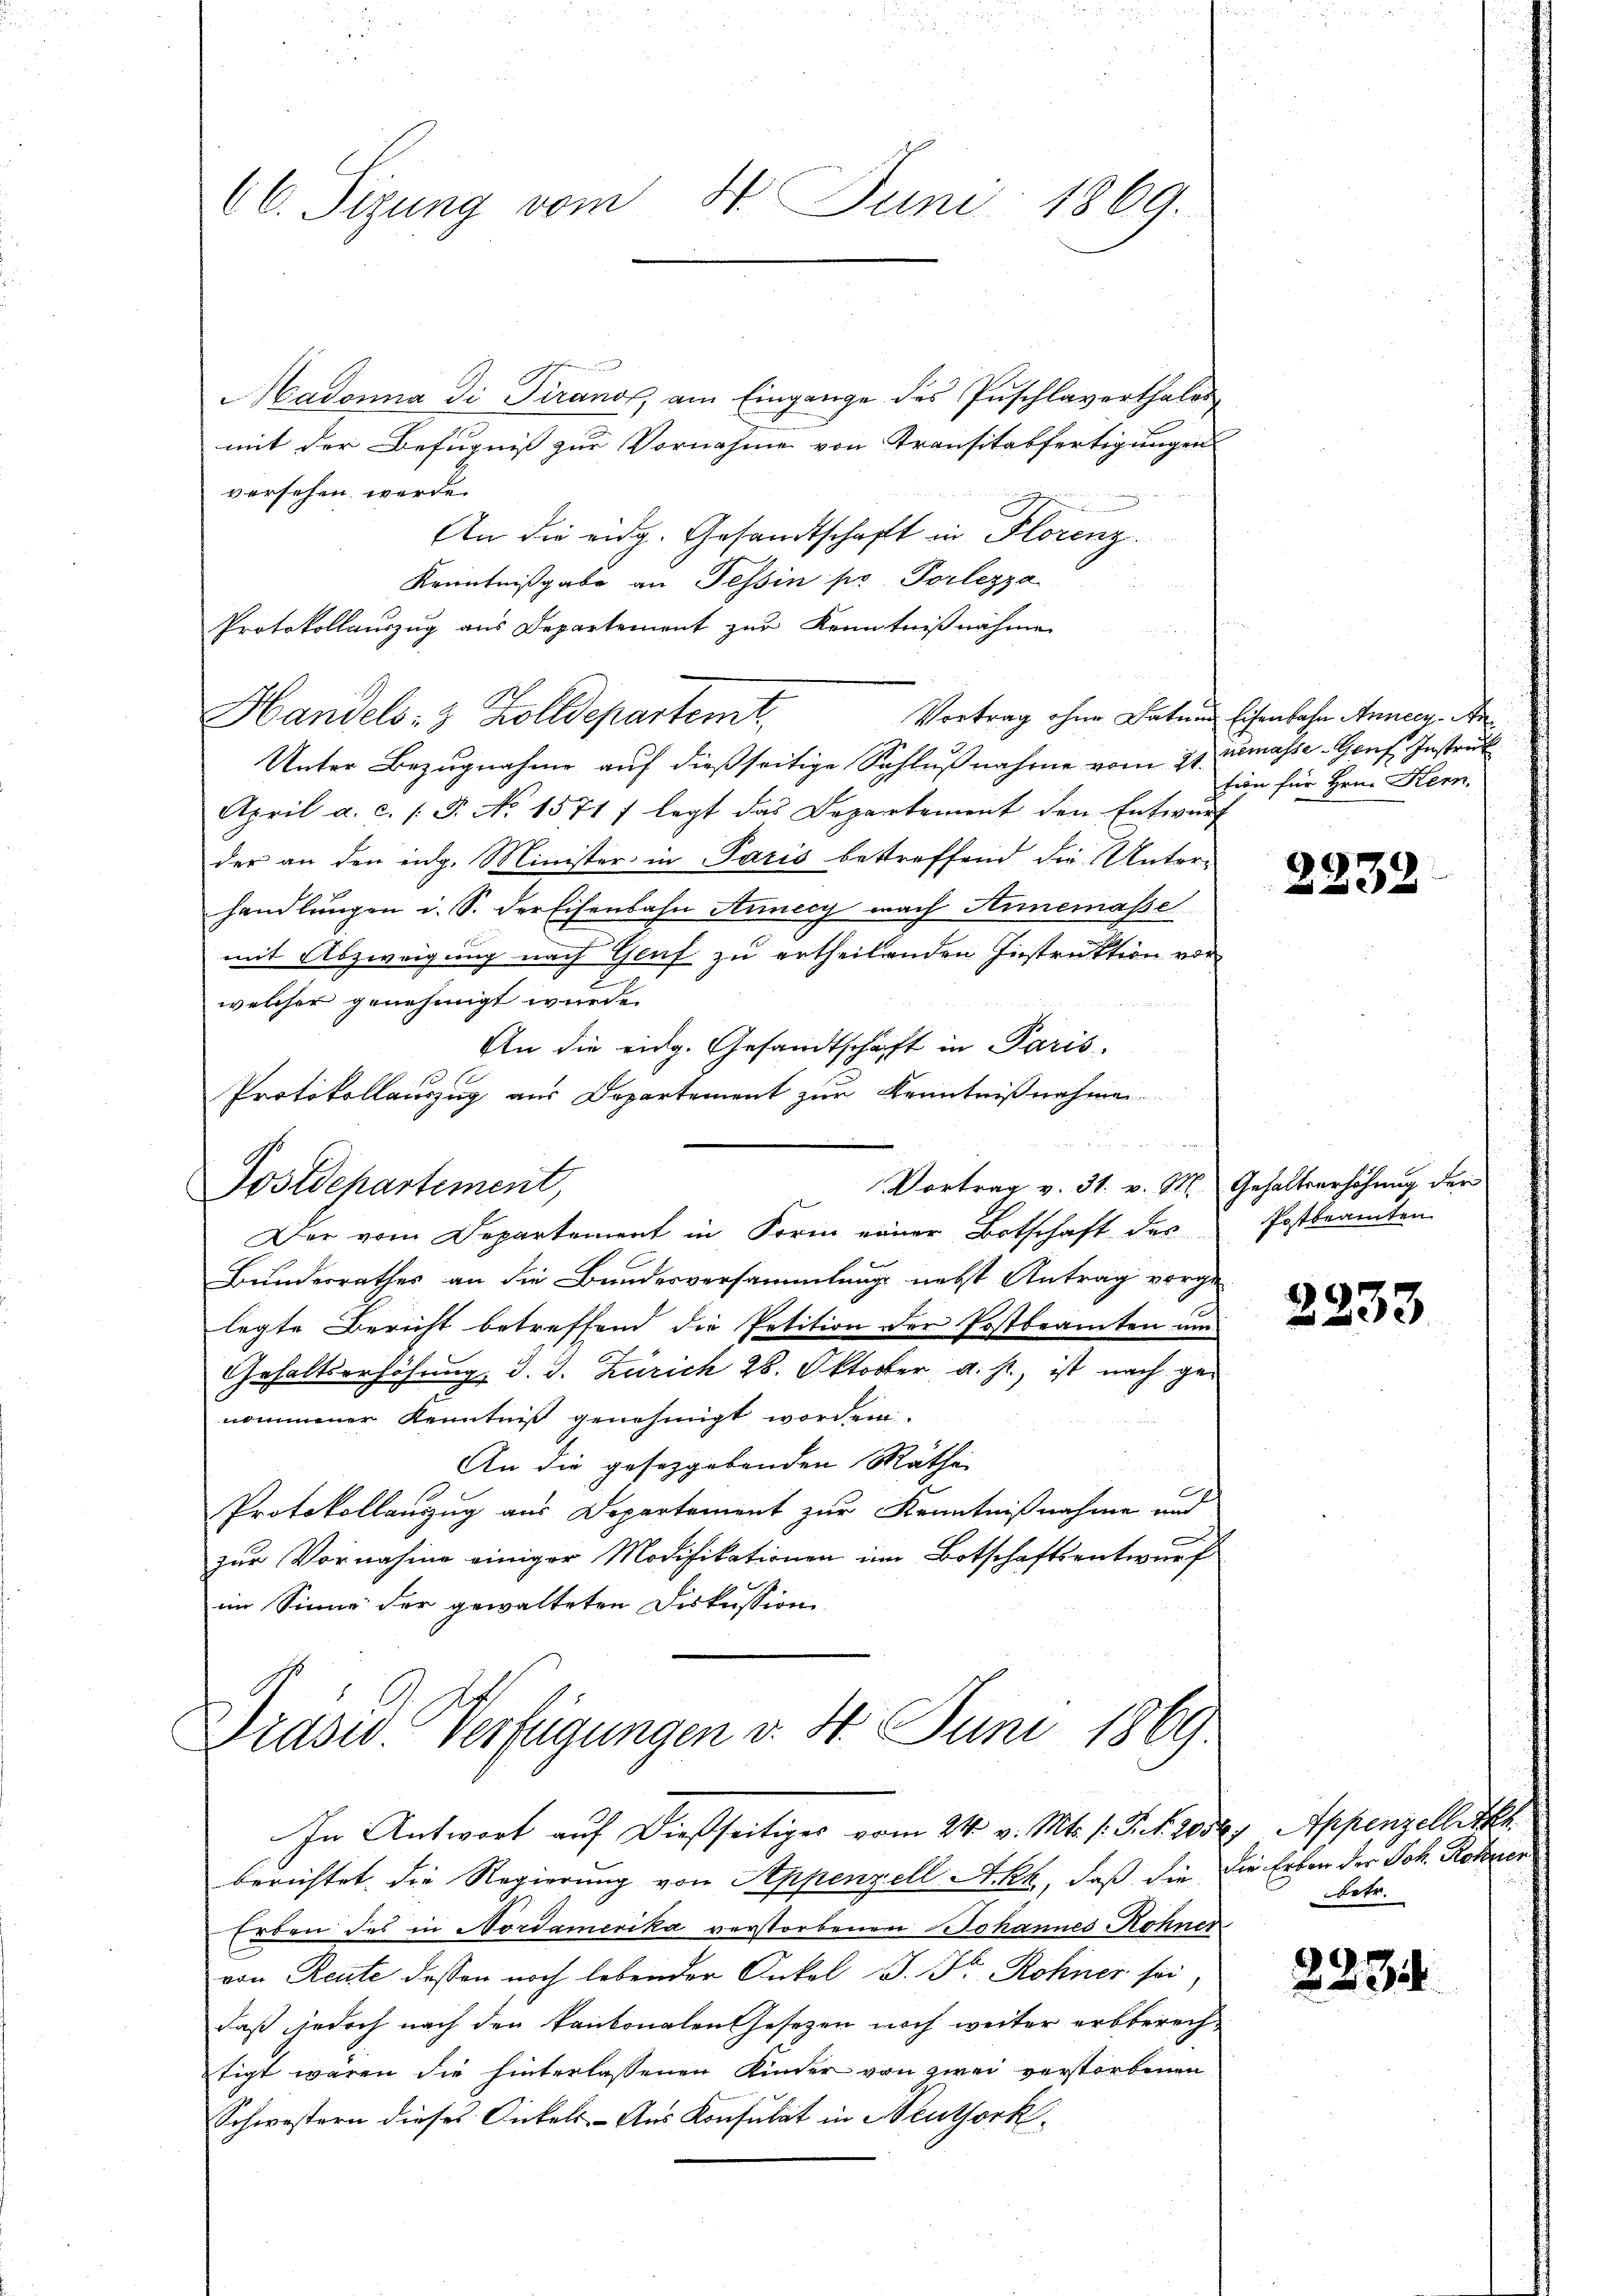
66. Sizung vom 4. Juni 1869.

Madonna di Piranos, am Eingange des Puschlaverthales
mit der Befugniß zur Vornahme von Transitabfertigungen
versehen werde.
An die eidg. Gesandtschaft in Florenz
Kenntnißgabe an Tessin pr Porlezza
Protokollauszug aus Departement zur Kenntnißnahme
Vortrag ohne Datum Eisenbahn Annecy. An
Handels- & Zolldepartent
Unter Bezugnahme auf dießseitige Schlußnahme vom 21. Demasse Genf. Instruk
April a. c. (T. No 1571 f legt das Departement den Entwurf
der an den eidg. Minister in Paris bestreffend die Unter-
handlungen i. S. der Eisenbahn Annecy nach Annemasse
mit Abzweigung nach Genf zu ertheilenden Instruktion vor
welcher genehmigt wurde.
An die eidg. Gesandtschaft in Paris,
Protokollauszug aus Departement zur Kenntnißnahmen
Vortrag v. 31. v. M. Gehaltserhöhung der
Postdepartement,
Der vom Departement in Form einer Botschaft des
Bundesrathes an die Bundesversammlung nebst Antrag vorge-
legte Bericht betreffend die Petition der Postbeamten um
Gehaltserhöhung, d. J. Zürich 28. Oktober a. st, ist nach genommener Kenntniß genehmigt worden.
An die gesetzgebenden Räthe
E
Protokollauszug aus Departement zur Kenntnißnahme und
zŭr Vornahme einiger Modifikationen im Botschaftsentwŭrf
im Sinne der gewalteten Diskussion

Drasw. Verfügungen v. 4. Juni 1869

In Antwort auf dießseitiges vom 24. v. Mts. s. Tit. Jose, Appenzellett
berichtet, die Regierung von Appenzell Akk, daß die die Erben der Joh. Rohner
Erben des in Nordamerika verstorbenen Johannes Rohner
von Reute dessen noch lebender Onkel u. Fr. Rohner sei
daß jedoch nach den kantonalen Gesetzen noch weiter erbberechtigt waren die hinterlassenen Kinder von zwei verstorbenen
Schwestern dieses Dickels Aus Konsulat in Neuthork

tion für Hrn. Hern.

2232

Postbeamten

2233

betr.

2234